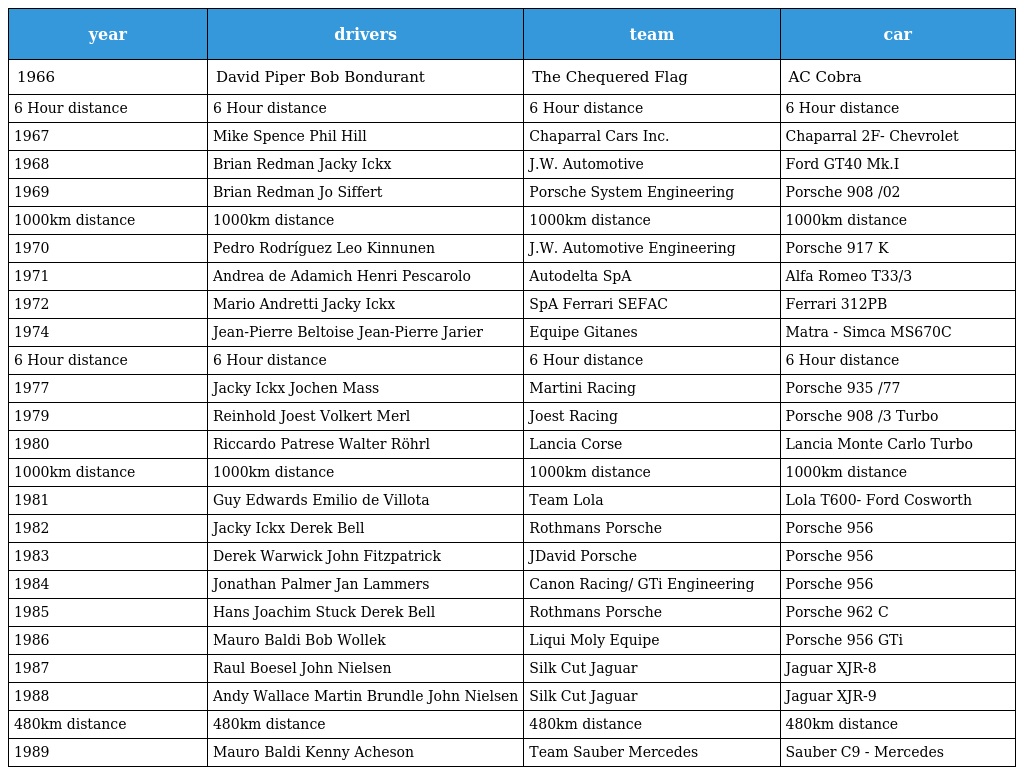
| year | drivers | team | car |
 | --- | --- | --- | --- |
 | 1966 | David Piper Bob Bondurant | The Chequered Flag | AC Cobra |
 | 6 Hour distance | 6 Hour distance | 6 Hour distance | 6 Hour distance |
 | 1967 | Mike Spence Phil Hill | Chaparral Cars Inc. | Chaparral 2F- Chevrolet |
 | 1968 | Brian Redman Jacky Ickx | J.W. Automotive | Ford GT40 Mk.I |
 | 1969 | Brian Redman Jo Siffert | Porsche System Engineering | Porsche 908 /02 |
 | 1000km distance | 1000km distance | 1000km distance | 1000km distance |
 | 1970 | Pedro Rodríguez Leo Kinnunen | J.W. Automotive Engineering | Porsche 917 K |
 | 1971 | Andrea de Adamich Henri Pescarolo | Autodelta SpA | Alfa Romeo T33/3 |
 | 1972 | Mario Andretti Jacky Ickx | SpA Ferrari SEFAC | Ferrari 312PB |
 | 1974 | Jean-Pierre Beltoise Jean-Pierre Jarier | Equipe Gitanes | Matra - Simca MS670C |
 | 6 Hour distance | 6 Hour distance | 6 Hour distance | 6 Hour distance |
 | 1977 | Jacky Ickx Jochen Mass | Martini Racing | Porsche 935 /77 |
 | 1979 | Reinhold Joest Volkert Merl | Joest Racing | Porsche 908 /3 Turbo |
 | 1980 | Riccardo Patrese Walter Röhrl | Lancia Corse | Lancia Monte Carlo Turbo |
 | 1000km distance | 1000km distance | 1000km distance | 1000km distance |
 | 1981 | Guy Edwards Emilio de Villota | Team Lola | Lola T600- Ford Cosworth |
 | 1982 | Jacky Ickx Derek Bell | Rothmans Porsche | Porsche 956 |
 | 1983 | Derek Warwick John Fitzpatrick | JDavid Porsche | Porsche 956 |
 | 1984 | Jonathan Palmer Jan Lammers | Canon Racing/ GTi Engineering | Porsche 956 |
 | 1985 | Hans Joachim Stuck Derek Bell | Rothmans Porsche | Porsche 962 C |
 | 1986 | Mauro Baldi Bob Wollek | Liqui Moly Equipe | Porsche 956 GTi |
 | 1987 | Raul Boesel John Nielsen | Silk Cut Jaguar | Jaguar XJR-8 |
 | 1988 | Andy Wallace Martin Brundle John Nielsen | Silk Cut Jaguar | Jaguar XJR-9 |
 | 480km distance | 480km distance | 480km distance | 480km distance |
 | 1989 | Mauro Baldi Kenny Acheson | Team Sauber Mercedes | Sauber C9 - Mercedes |